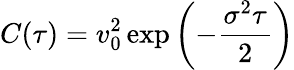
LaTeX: C(\tau)=v_{0}^{2}\, \mathrm{exp}\left(-{\frac{\sigma^{2}\tau}{2}}\right)